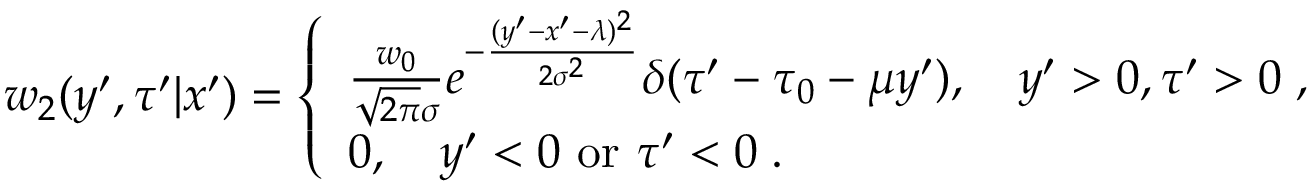
w _ { 2 } ( y ^ { \prime } , \tau ^ { \prime } | x ^ { \prime } ) = \left\{ \begin{array} { l } { { \frac { w _ { 0 } } { \sqrt { 2 \pi } \sigma } } e ^ { - { \frac { ( y ^ { \prime } - x ^ { \prime } - \lambda ) ^ { 2 } } { 2 \sigma ^ { 2 } } } } \delta ( \tau ^ { \prime } - \tau _ { 0 } - \mu y ^ { \prime } ) , \quad y ^ { \prime } > 0 , \tau ^ { \prime } > 0 \; , } \\ { 0 , \quad y ^ { \prime } < 0 \mathrm { ~ o r ~ } \tau ^ { \prime } < 0 \; . } \end{array} \right.